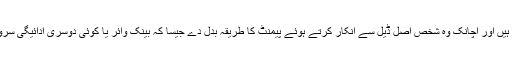
آپ لین دین کرتے ہیں اور اچانک وہ شخص اصل ڈیل سے انکار کرتے ہوئے پیمنٹ کا طریقہ بدل دے جیسا کہ بینک وائر یا کوئی دوسری ادائیگی سروس منتخب کرلے۔